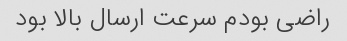
راضی بودم سرعت ارسال بالا بود